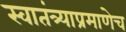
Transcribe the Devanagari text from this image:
स्वातंत्र्याप्रमाणेच